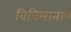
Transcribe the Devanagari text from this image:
विविमाताएँ